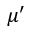
\mu ^ { \prime }